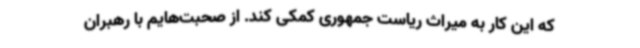
که این کار به میراث ریاست جمهوری کمکی کند. از صحبت‌هایم با رهبران